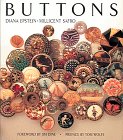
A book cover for Buttons; Diana Epstein; Crafts, Hobbies & Home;